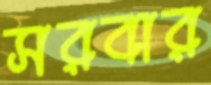
সরবার